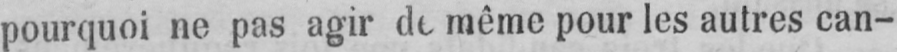
pourquoi ne pas agir de même pour les autres can-